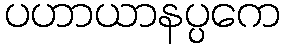
ပဟာယာနပ္ပကေ